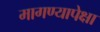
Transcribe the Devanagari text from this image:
मागण्यापेक्षा